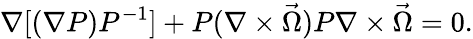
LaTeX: \nabla[(\nabla P)P^{-1}]+P(\nabla\times\vec{\Omega})P\nabla\times\vec{\Omega}=0.